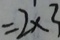
= 2 \times 3